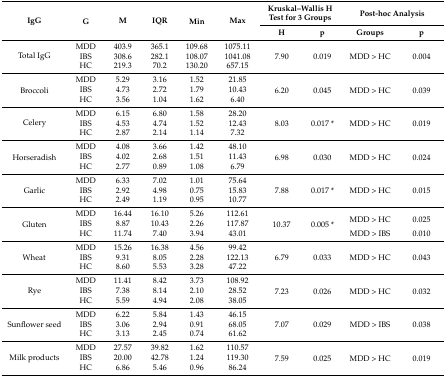
<table><thead><tr><td rowspan="2"><b>IgG</b></td><td rowspan="2"><b>G</b></td><td rowspan="2"><b>M</b></td><td rowspan="2"><b>IQR</b></td><td rowspan="2"><b>Min</b></td><td rowspan="2"><b>Max</b></td><td colspan="2"><b>Kruskal–Wallis H Test for 3 Groups</b></td><td colspan="2"><b>Post-hoc Analysis</b></td></tr><tr><td><b>H</b></td><td><b>p</b></td><td><b>Groups</b></td><td><b>p</b></td></tr></thead><tbody><tr><td rowspan="3">Total IgG</td><td>MDD</td><td>403.9</td><td>365.1</td><td>109.68</td><td>1075.11</td><td rowspan="3">7.90</td><td rowspan="3">0.019</td><td rowspan="3">MDD &gt; HC</td><td rowspan="3">0.004</td></tr><tr><td>IBS</td><td>308.6</td><td>282.1</td><td>108.07</td><td>1041.08</td></tr><tr><td>HC</td><td>219.3</td><td>70.2</td><td>130.20</td><td>657.15</td></tr><tr><td rowspan="3">Broccoli</td><td>MDD</td><td>5.29</td><td>3.16</td><td>1.52</td><td>21.85</td><td rowspan="3">6.20</td><td rowspan="3">0.045</td><td rowspan="3">MDD &gt; HC</td><td rowspan="3">0.039</td></tr><tr><td>IBS</td><td>4.73</td><td>2.72</td><td>1.79</td><td>10.43</td></tr><tr><td>HC</td><td>3.56</td><td>1.04</td><td>1.62</td><td>6.40</td></tr><tr><td rowspan="3">Celery</td><td>MDD</td><td>6.15</td><td>6.80</td><td>1.58</td><td>28.20</td><td rowspan="3">8.03</td><td rowspan="3">0.017 *</td><td rowspan="3">MDD &gt; HC</td><td rowspan="3">0.019</td></tr><tr><td>IBS</td><td>4.53</td><td>4.74</td><td>1.52</td><td>12.43</td></tr><tr><td>HC</td><td>2.87</td><td>2.14</td><td>1.14</td><td>7.32</td></tr><tr><td rowspan="3">Horseradish</td><td>MDD</td><td>4.08</td><td>3.66</td><td>1.42</td><td>48.10</td><td rowspan="3">6.98</td><td rowspan="3">0.030</td><td rowspan="3">MDD &gt; HC</td><td rowspan="3">0.024</td></tr><tr><td>IBS</td><td>4.02</td><td>2.68</td><td>1.51</td><td>11.43</td></tr><tr><td>HC</td><td>2.77</td><td>0.89</td><td>1.08</td><td>6.79</td></tr><tr><td rowspan="3">Garlic</td><td>MDD</td><td>6.33</td><td>7.02</td><td>1.01</td><td>75.64</td><td rowspan="3">7.88</td><td rowspan="3">0.017 *</td><td rowspan="3">MDD &gt; HC</td><td rowspan="3">0.015</td></tr><tr><td>IBS</td><td>2.92</td><td>4.98</td><td>0.75</td><td>15.83</td></tr><tr><td>HC</td><td>2.49</td><td>1.19</td><td>0.95</td><td>10.77</td></tr><tr><td rowspan="3">Gluten</td><td>MDD</td><td>16.44</td><td>16.10</td><td>5.26</td><td>112.61</td><td rowspan="3">10.37</td><td rowspan="3">0.005 *</td><td rowspan="2">MDD &gt; HC</td><td rowspan="2">0.025</td></tr><tr><td>IBS</td><td>8.87</td><td>10.43</td><td>2.26</td><td>117.87</td></tr><tr><td>HC</td><td>11.74</td><td>7.40</td><td>3.94</td><td>43.01</td><td>MDD &gt; IBS</td><td>0.010</td></tr><tr><td rowspan="3">Wheat</td><td>MDD</td><td>15.26</td><td>16.38</td><td>4.56</td><td>99.42</td><td rowspan="3">6.79</td><td rowspan="3">0.033</td><td rowspan="3">MDD &gt; HC</td><td rowspan="3">0.043</td></tr><tr><td>IBS</td><td>9.31</td><td>8.05</td><td>2.28</td><td>122.13</td></tr><tr><td>HC</td><td>8.60</td><td>5.53</td><td>3.28</td><td>47.22</td></tr><tr><td rowspan="3">Rye</td><td>MDD</td><td>11.41</td><td>8.42</td><td>3.73</td><td>108.92</td><td rowspan="3">7.23</td><td rowspan="3">0.026</td><td rowspan="3">MDD &gt; HC</td><td rowspan="3">0.032</td></tr><tr><td>IBS</td><td>7.38</td><td>8.14</td><td>2.10</td><td>28.52</td></tr><tr><td>HC</td><td>5.59</td><td>4.94</td><td>2.08</td><td>38.05</td></tr><tr><td rowspan="3">Sunflower seed</td><td>MDD</td><td>6.22</td><td>5.84</td><td>1.43</td><td>46.15</td><td rowspan="3">7.07</td><td rowspan="3">0.029</td><td rowspan="3">MDD &gt; IBS</td><td rowspan="3">0.038</td></tr><tr><td>IBS</td><td>3.06</td><td>2.94</td><td>0.91</td><td>68.05</td></tr><tr><td>HC</td><td>3.13</td><td>2.45</td><td>0.74</td><td>61.62</td></tr><tr><td rowspan="3">Milk products</td><td>MDD</td><td>27.57</td><td>39.82</td><td>1.62</td><td>110.57</td><td rowspan="3">7.59</td><td rowspan="3">0.025</td><td rowspan="3">MDD &gt; HC</td><td rowspan="3">0.019</td></tr><tr><td>IBS</td><td>20.00</td><td>42.78</td><td>1.24</td><td>119.30</td></tr><tr><td>HC</td><td>6.86</td><td>5.46</td><td>0.96</td><td>86.24</td></tr></tbody></table>